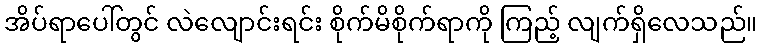
အိပ်ရာပေါ်တွင် လဲလျောင်းရင်း စိုက်မိစိုက်ရာကို ကြည့် လျက်ရှိလေသည်။